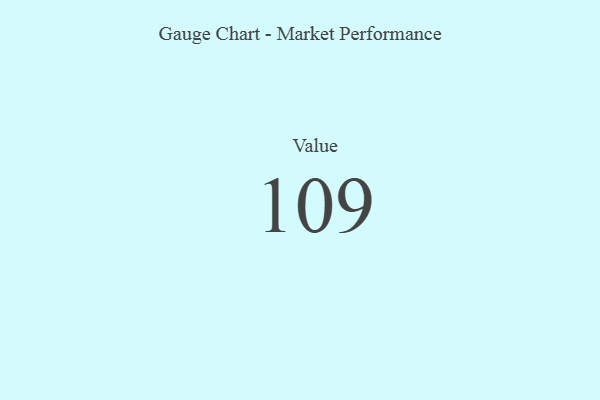
{"axis": {"x": "Metric", "y": "Value"}, "legend": [""], "data": [{"x": "Value", "y": 109, "type": ""}]}